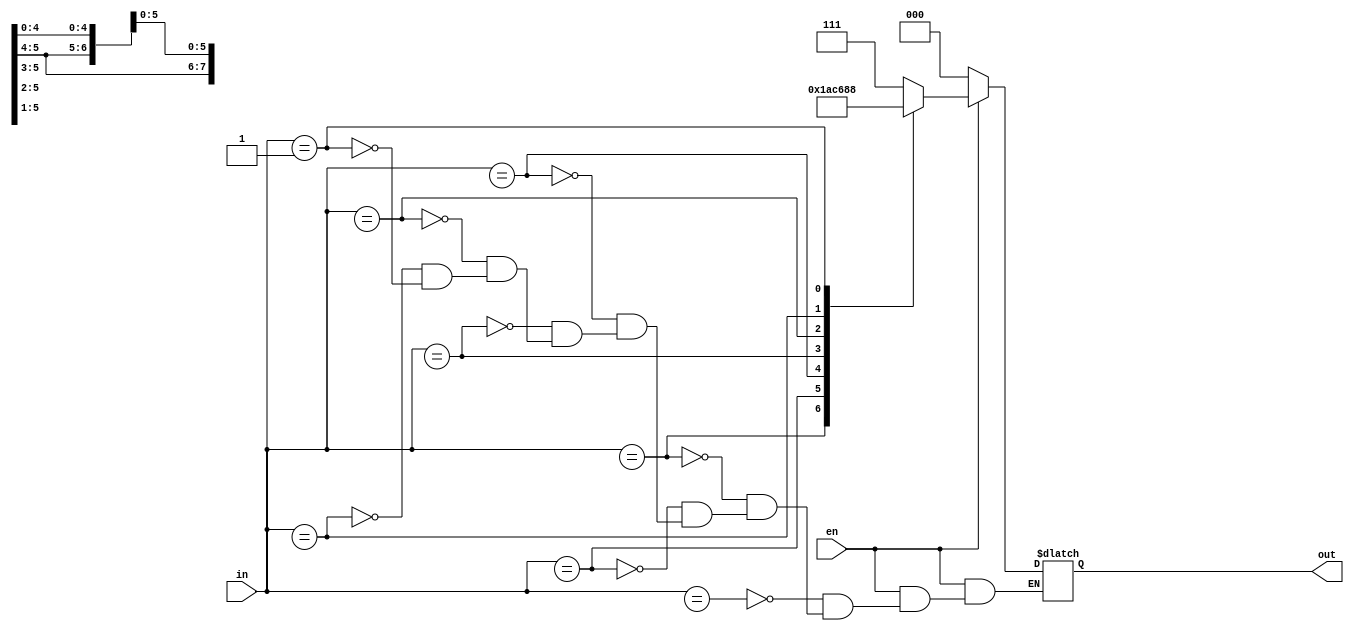
`timescale 1ns / 1ps
//////////////////////////////////////////////////////////////////////////////////
// Company: 
// Engineer: 
// 
// Design Name: 
// Module Name: priority_encoder8x3
// Project Name: 
// Target Devices: 
// Tool Versions: 
// Description: 
// 
// Dependencies: 
// 
// Revision:
// Revision 0.01 - File Created
// Additional Comments:
// 
//////////////////////////////////////////////////////////////////////////////////


module priority_encoder8x3(input[7:0]in,input en,output reg[2:0]out);
always @( in or en)
	begin
      if (en) 
begin
case(in)
8'b1XXXXXXX:out=3'b111;
8'b01XXXXXX:out=3'b110;
8'b001XXXXX:out=3'b101;
8'b0001XXXX:out=3'b100;
8'b00001XXX:out=3'b011;
8'b000001XX:out=3'b010;
8'b0000001X:out=3'b001;
8'b00000001:out=3'b000;
endcase
end
else 
out=8'd0;
end
endmodule